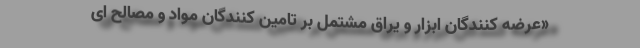
«عرضه کنندگان ابزار و یراق مشتمل بر تامین کنندگان مواد و مصالح ای